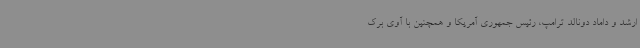
ارشد و داماد دونالد ترامپ، رئیس جمهوری آمریکا و همچنین با آوی برک